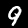
Label: 9